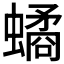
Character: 𧑐